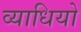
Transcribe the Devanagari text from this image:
व्याधियो